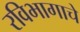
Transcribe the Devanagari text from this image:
रविभागाचे